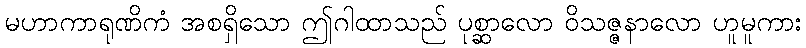
မဟာကာရုဏိကံ အစရှိသော ဤဂါထာသည် ပုစ္ဆာလော ဝိသဇ္ဇနာလော ဟူမူကား